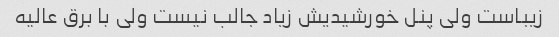
زیباست ولی پنل خورشیدیش زیاد جالب نیست ولی با برق عالیه